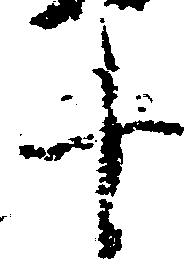
十